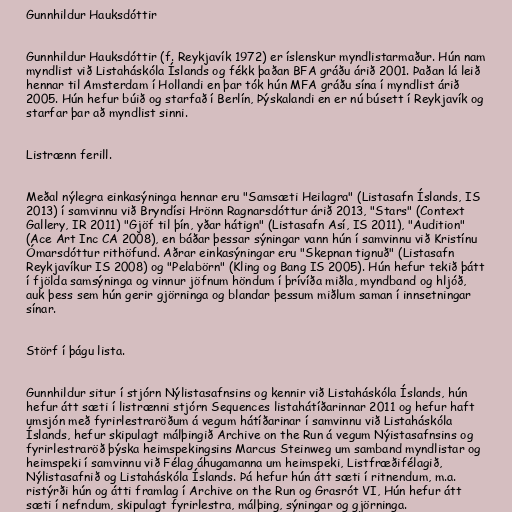
Gunnhildur Hauksdóttir

Gunnhildur Hauksdóttir (f. Reykjavík 1972) er íslenskur myndlistarmaður. Hún nam
myndlist við Listaháskóla Íslands og fékk þaðan BFA gráðu árið 2001. Þaðan lá leið
hennar til Amsterdam í Hollandi en þar tók hún MFA gráðu sína í myndlist árið
2005. Hún hefur búið og starfað í Berlín, Þýskalandi en er nú búsett í Reykjavík og
starfar þar að myndlist sinni.

Listrænn ferill.

Meðal nýlegra einkasýninga hennar eru "Samsæti Heilagra" (Listasafn Íslands, IS
2013) í samvinnu við Bryndísi Hrönn Ragnarsdóttur árið 2013, "Stars" (Context
Gallery, IR 2011) "Gjöf til þín, yðar hátign" (Listasafn Así, IS 2011), "Audition"
(Ace Art Inc CA 2008), en báðar þessar sýningar vann hún í samvinnu við Kristínu
Ómarsdóttur rithöfund. Aðrar einkasýningar eru "Skepnan tignuð" (Listasafn
Reykjavíkur IS 2008) og "Pelabörn" (Kling og Bang IS 2005). Hún hefur tekið þátt
í fjölda samsýninga og vinnur jöfnum höndum í þrívíða miðla, myndband og hljóð,
auk þess sem hún gerir gjörninga og blandar þessum miðlum saman í innsetningar
sínar.

Störf í þágu lista.

Gunnhildur situr í stjórn Nýlistasafnsins og kennir við Listaháskóla Íslands, hún
hefur átt sæti í listrænni stjórn Sequences listahátíðarinnar 2011 og hefur haft
umsjón með fyrirlestraröðum á vegum hátíðarinar í samvinnu við Listaháskóla
Íslands, hefur skipulagt málþingið Archive on the Run á vegum Nýistasafnsins og
fyrirlestraröð þýska heimspekingsins Marcus Steinweg um samband myndlistar og
heimspeki í samvinnu við Félag áhugamanna um heimspeki, Listfræðifélagið,
Nýlistasafnið og Listaháskóla Íslands. Þá hefur hún átt sæti í ritnendum, m.a.
ristýrði hún og átti framlag í Archive on the Run og Grasrót VI, Hún hefur átt
sæti í nefndum, skipulagt fyrirlestra, málþing, sýningar og gjörninga.